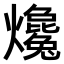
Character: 𤒰